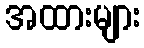
အထားများ